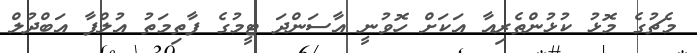
މެޗުގެ މޮޅު ކުޅުންތެރިއާ އަކަށް ހޮވުނީ އާސަންދަ ޓީމުގެ ފާތިމަތު އުލްފާ އަބްދުލް